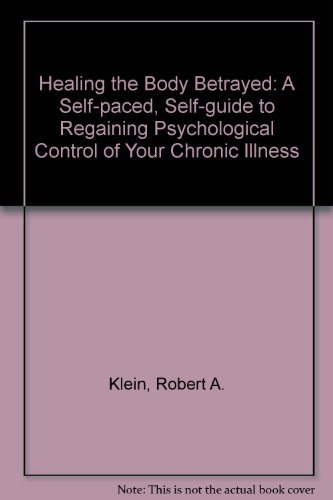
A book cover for Healing the Body Betrayed: A Self-Paced, Self-Guide to Regaining Psychological Control of Your Chronic Illness; Robert A. Klein; Health, Fitness & Dieting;